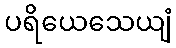
ပရိယေသေယျံ